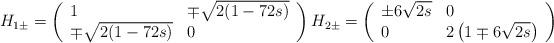
LaTeX: \begin{align*}H_{1\pm }=\left( \begin{array}{ll}1 & \mp \sqrt{2(1-72s)} \\ \mp \sqrt{2(1-72s)} & 0\end{array}\right) H_{2\pm }=\left( \begin{array}{ll}\pm 6\sqrt{2s} & 0 \\ 0 & 2\left( 1\mp 6\sqrt{2s}\right)\end{array}\right) \end{align*}